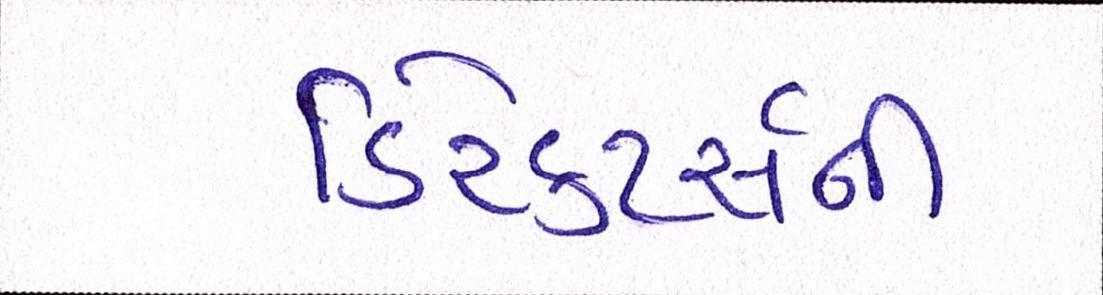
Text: ડિરેક્ટર્સની